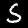
Digit: 5